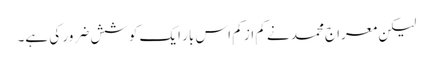
لیکن معراج محمد نے کم از کم اس بار ایک کوشش ضرور کی ہے۔